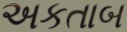
અકતાબ